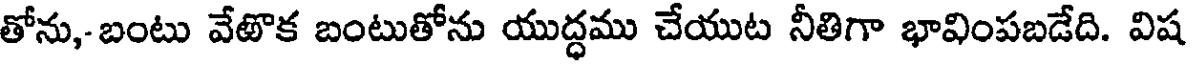
తోను,- బంటు వేటొక బంటుతోను యుద్ధము చేయుట నీతిగా భావింపబడేది. విష